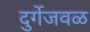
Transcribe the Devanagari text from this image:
दुर्गेजवळ